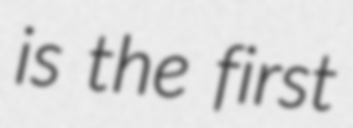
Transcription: is the first